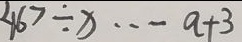
4 6 7 \div x \cdots a + 3